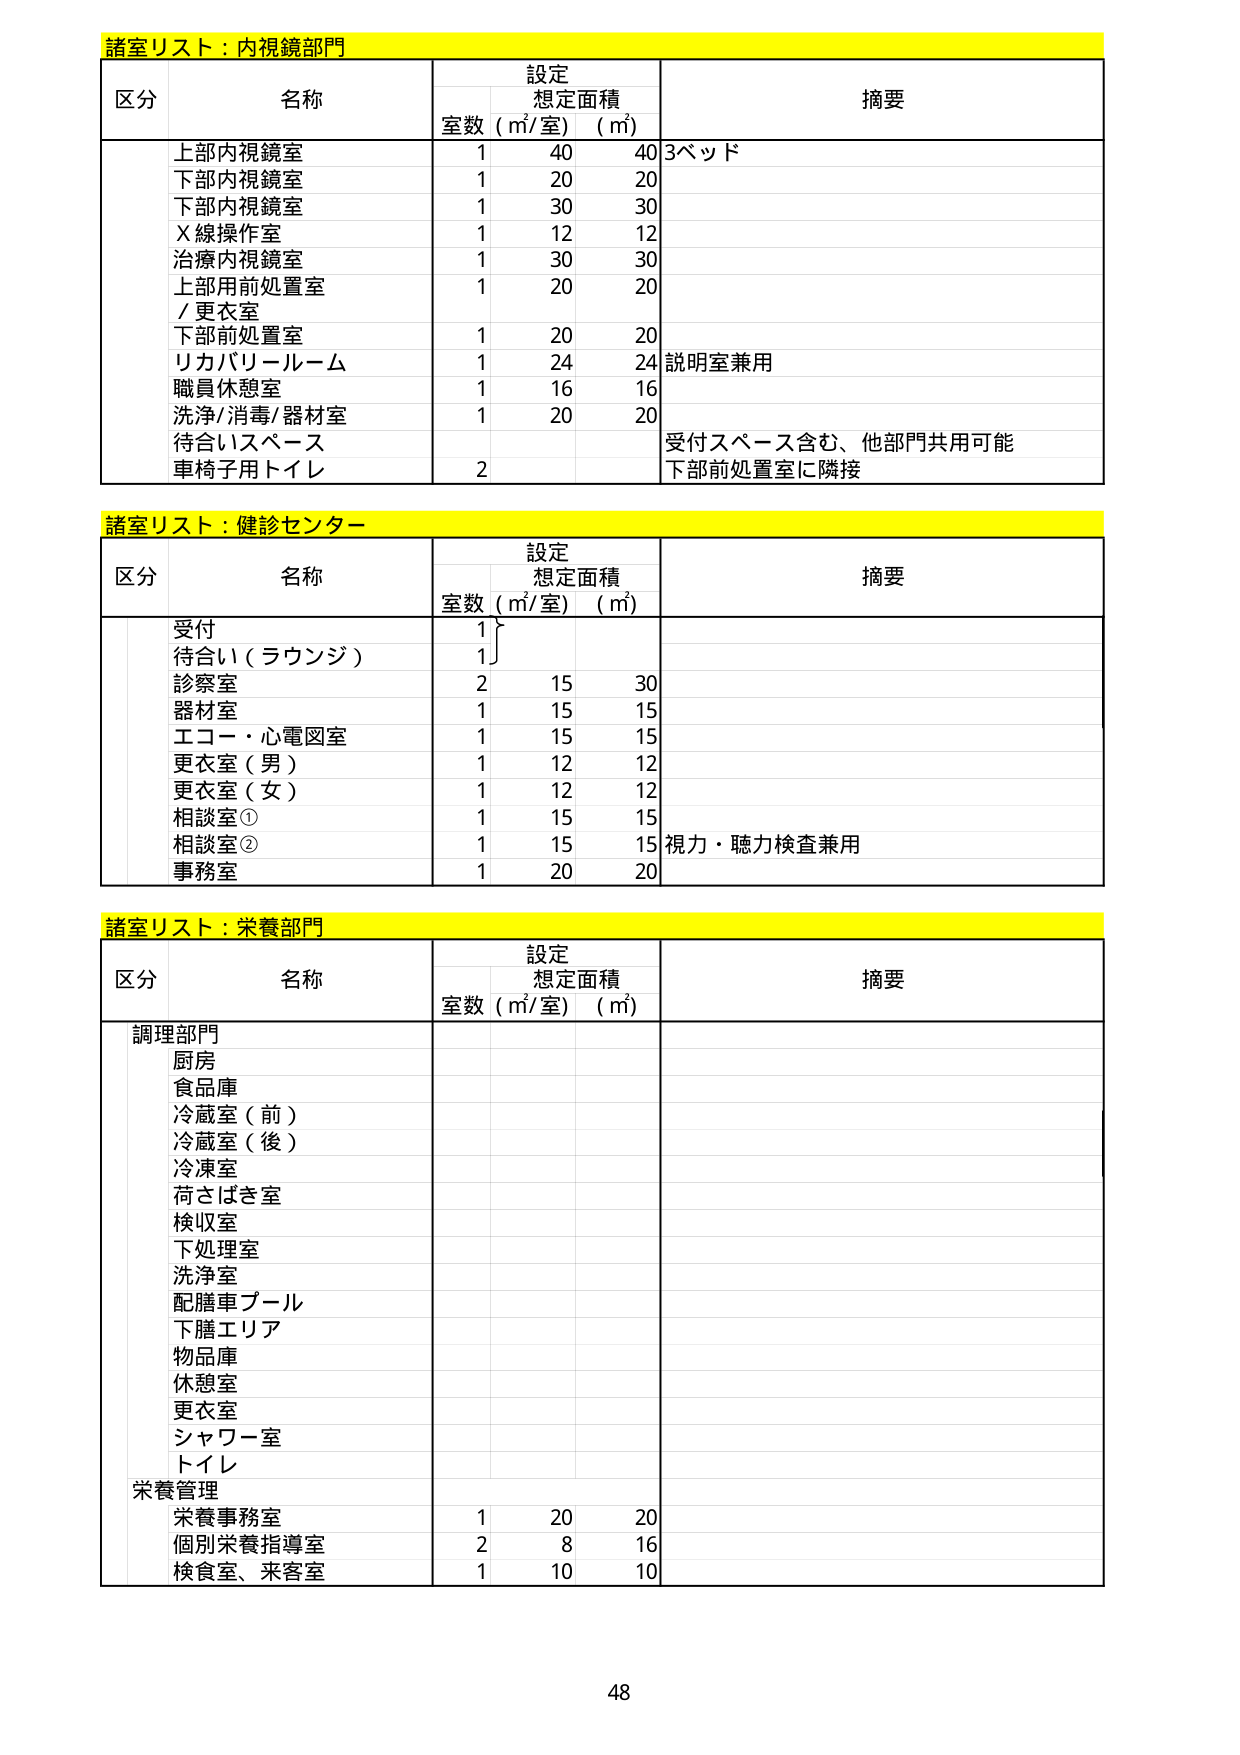
諸室リスト：内視鏡部門
区分 名称 設定 想定面積 摘要
室数（㎡/室）（㎡）
上部内視鏡室 1 40 40 3ベッド
下部内視鏡室 1 20 20
下部内視鏡室 1 30 30
X線操作室 1 12 12
治療内視鏡室 1 30 30
上部用前処置室 /更衣室 1 20 20
下部前処置室 1 20 20
リカバリールーム 1 24 24 説明室兼用
職員休憩室 1 16 16
洗浄/消毒/器材室 1 20 20
待合いスペース 受付スペース含む、他部門共用可能
車椅子用トイレ 2 下部前処置室に隣接

諸室リスト：健診センター
区分 名称 設定 想定面積 摘要
室数（㎡/室）（㎡）
受付 1
待合い（ラウンジ） 1
診察室 2 15 30
器材室 1 15 15
エコー・心電図室 1 15 15
更衣室（男） 1 12 12
更衣室（女） 1 12 12
相談室① 1 15 15
相談室② 1 15 15 視力・聴力検査兼用
事務室 1 20 20

諸室リスト：栄養部門
区分 名称 設定 想定面積 摘要
室数（㎡/室）（㎡）
調理部門
厨房
食品庫
冷蔵室（前）
冷蔵室（後）
冷凍室
荷さばき室
検収室
下処理室
洗浄室
配膳車プール
下膳エリア
物品庫
休憩室
更衣室
シャワー室
トイレ
栄養管理
栄養事務室 1 20 20
個別栄養指導室 2 8 16
検食室、来客室 1 10 10

48